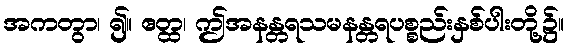
အကတွာ၊ ၍။ ဧတ္ထ၊ ဤအနန္တရသမနန္တရပစ္စည်းနှစ်ပါးတို့၌။